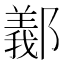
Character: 䣡